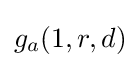
g_{a}(1,r,d)